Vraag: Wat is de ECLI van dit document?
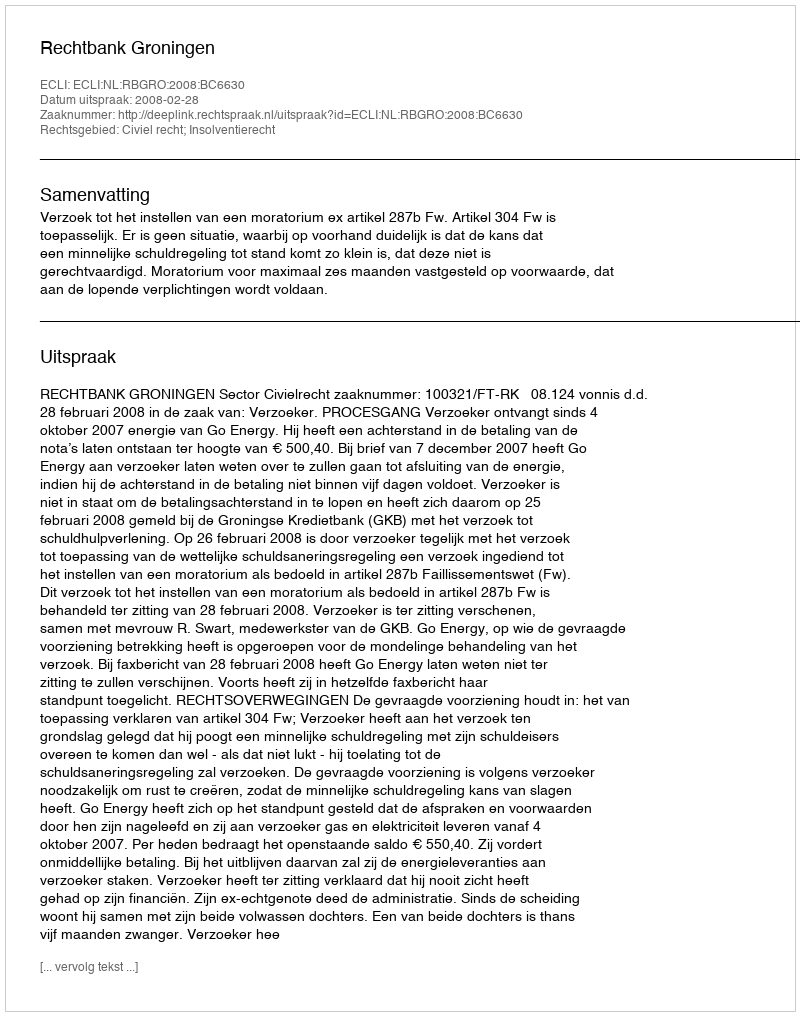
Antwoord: ECLI:NL:RBGRO:2008:BC6630